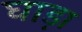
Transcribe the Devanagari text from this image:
घाड़ा